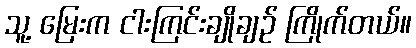
သူ့ မြေးက ငါးကြင်းချိုချဉ် ကြိုက်တယ်။